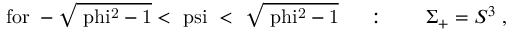
\mathrm { f o r ~ - \sqrt { \ p h i ^ { 2 } - 1 } < \ p s i ~ < ~ \sqrt { \ p h i ^ { 2 } - 1 } ~ } \quad : \qquad \Sigma _ { + } = S ^ { 3 } \; ,